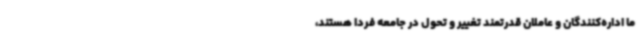
ما اداره‌کنندگان و عاملان قدرتمند تغییر و تحول در جامعه فردا هستند،